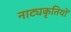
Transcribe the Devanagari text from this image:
नाट्यकृतियों